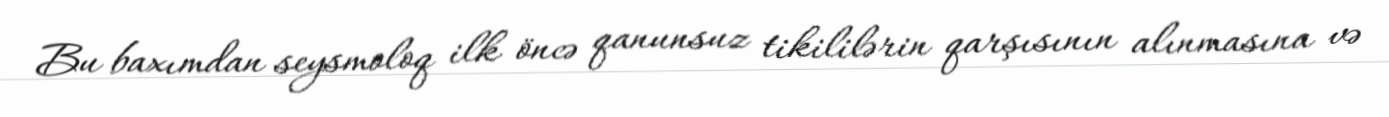
Bu baxımdan seysmoloq ilk öncə qanunsuz tikililərin qarşısının alınmasına və